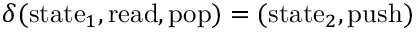
\delta ( \mathrm { s t a t e } _ { 1 } , \mathrm { r e a d } , \mathrm { p o p } ) = ( \mathrm { s t a t e } _ { 2 } , \mathrm { p u s h } )